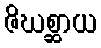
ဇိဃစ္ဆာယ